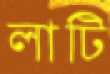
লাটি